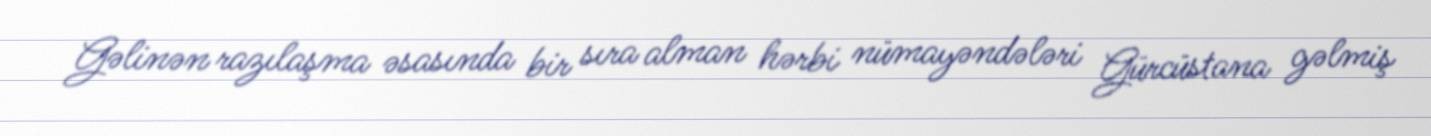
Gəlinən razılaşma əsasında bir sıra alman hərbi nümayəndələri Gürcüstana gəlmiş